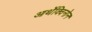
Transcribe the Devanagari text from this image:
आर्थेक्विनोन